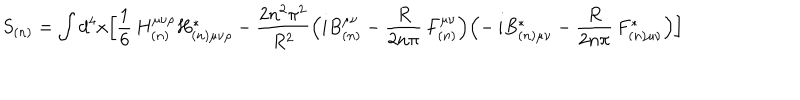
S _ { ( n ) } = \int d ^ { 4 } x \Bigl [ \frac { 1 } { 6 } \, H _ { ( n ) } ^ { \mu \nu \rho } H _ { ( n ) \mu \nu \rho } ^ { \ast } - \frac { 2 n ^ { 2 } \pi ^ { 2 } } { R ^ { 2 } } \Bigl ( i B _ { ( n ) } ^ { \mu \nu } - \frac { R } { 2 n \pi } \, F _ { ( n ) } ^ { \mu \nu } \Bigr ) \Bigl ( - \, i B _ { ( n ) \mu \nu } ^ { \ast } - \frac { R } { 2 n \pi } \, F _ { ( n ) \mu \nu } ^ { \ast } \Bigr ) \Bigr ]